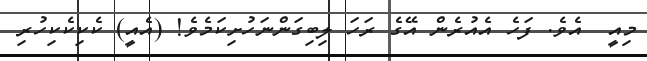
މިއީ  އެވެ. ފަހެ އެއުރެން އޭގެ ރަހަ ލިބިގަންނަހުށިކަމެވެ! (އެއީ) ކެކިކެކިހުރި